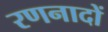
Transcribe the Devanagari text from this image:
रणनादों